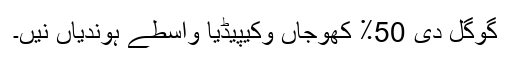
گوگل دی 50٪ کھوجاں وکیپیڈیا واسطے ہوندیاں نیں۔